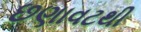
છણાવટથી